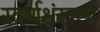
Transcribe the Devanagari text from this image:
स्वर्णशृंखला